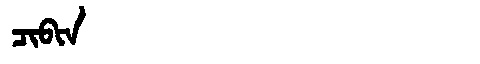
Manchu: ᠴᡳᠪᡳᠨ
Romanization: CIBIN